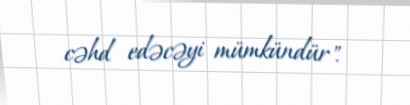
cəhd edəcəyi mümkündür".